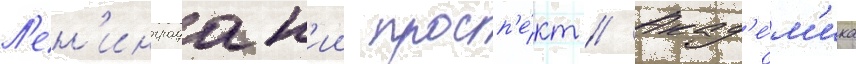
Л'ен'инградск'ии просп'е́кт // Акад'е́м'ика